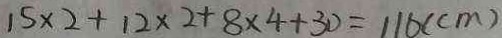
1 5 \times 2 + 1 2 \times 2 + 8 \times 4 + 3 0 = 1 1 6 ( c m )